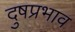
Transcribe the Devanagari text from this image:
दुषप्रभाव